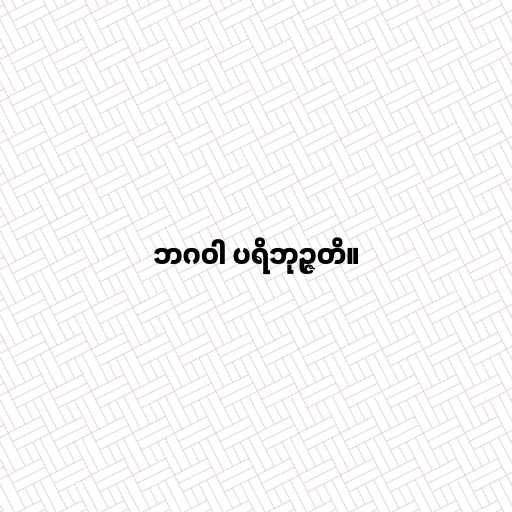
ဘဂဝါ ပရိဘုဉ္ဇတိ။